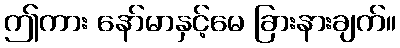
ဤကား နော်မာနှင့်မေ ခြားနားချက်။